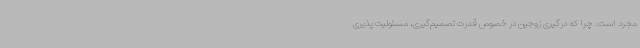
مجرد است. چرا که درگیری زوجین در خصوص قدرت تصمیم‌گیری، مسئولیت پذیری